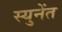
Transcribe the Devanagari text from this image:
स्युनेंत